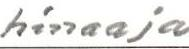
hinaaja